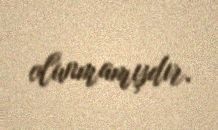
olunmamışdır.